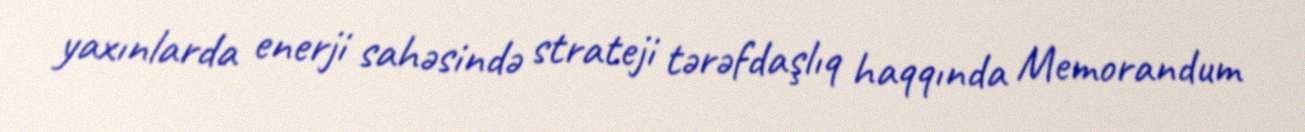
yaxınlarda enerji sahəsində strateji tərəfdaşlıq haqqında Memorandum